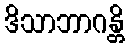
ဒိသာဘာဂန္တိ